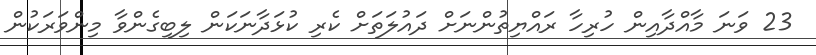
23 ވަނަ މާއްދާއިން ހުރިހާ ރައްޔިތުންނަށް ދައުލަތަށް ކެރި ކުޅަދާނަކަން ލިބިގެންވާ މިންވަރަކުން